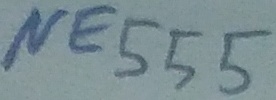
Text: NE555